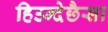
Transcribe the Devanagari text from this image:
हिउन्देछैसा